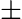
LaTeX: \pm